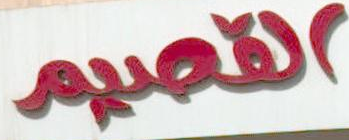
القصيم